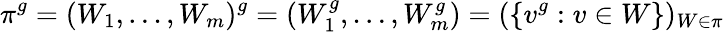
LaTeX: \pi^{g}=(W_{1},\dots,W_{m})^{g}=(W_{1}^{g},\dots,W_{m}^{g})=(\{ v^{g}:v\in W\} )_{W\in\pi}